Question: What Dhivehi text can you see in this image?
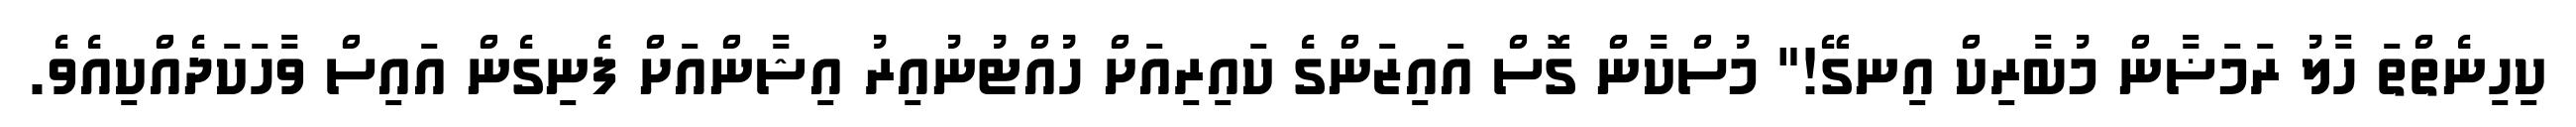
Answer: ކިހިނެތްތަ ހާލު ރަމަޟާން މުބާރިކް އިނގޭ!" މުސްކާން ގޮސް އައިޒަންގެ ކައިރިއަށް ހުއްޓުނުއިރު އިޝާންއަށް ފެނިގެން އައިސް ވާހަކަދެއްކިއެވެ.